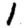
Digit: 1